King Institute of Preventive Medicine Micro-Biological Section reports 1912-19
Year: 1912
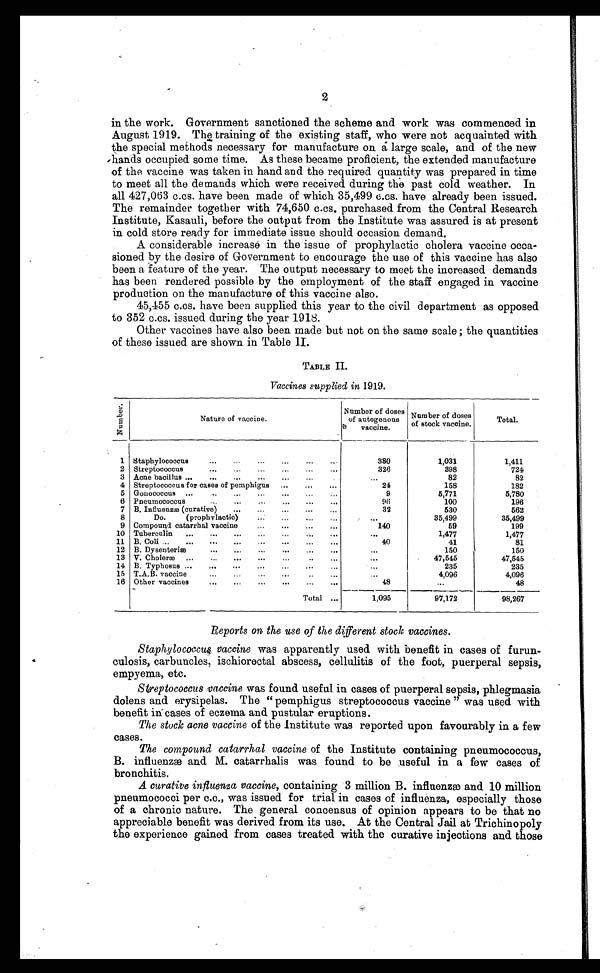
2
in the work. Government sanctioned the scheme and work was commenced in
August 1919. The training of the existing staff, who were not acquainted with
the special methods necessary for manufacture on a large scale, and of the new
hands occupied some time. As these became proficient, the extended manufacture
of the vaccine was taken in hand and the required quantity was prepared in time
to meet all the demands which were received during the past cold weather. In
all 427,063 c.cs. have been made of which 35,499 c.cs. have already been issued.
The remainder together with 74,650 c.cs. purchased from the Central Research
Institute, Kasauli,before the output from the Institute was assured is at present
in cold store ready for immediate issue should occasion demand.
A considerable increase in the issue of prophylactic cholera vaccine occa
- s i o n e d b y t h e d e s i r e o f G o v e r n m e n t t o e n c o u r a g e t h e u s e o f t h i s v a c c i n e h a s a l s o
been a feature of the year. The output necessary to meet the increased demands
has been rendered possible by the employment of the staff engaged in vaccine
production on the manufacture of this vaccine also.
45,455 c.cs. have been supplied this year to the civil department as opposed
to 352 c.cs. issued during the year 1918.
Other vaccines have also been made but not on the same scale; the quantities
of these issued are shown in Table II.
TABLE II.
Vaccines supplied in 1919.
N u m b e r .
Nature of vaccine.
Number of doses
of autogenous
vaccine.
Number of doses
of stock vaccine.
Total.
1 Staphylococcus . . .
380
1,031
1,411
2 Streptococcus . . .
326
398
724
3
A c n e b a c i l l u s . . .
. . .
82
82
4 Streptococcus for cases of pemphigus . . .
24
158
182
5 Gonococcus . . .
9
5,771
5,780
6 P n e u mo c o c c u s . . .
96
100
196
7 B. Influenzæ (curative) . . .
32
530
562
8
Do. (prophylactic) . . .
. . .
35,499
35,499
9 Compound catarrhal vaccine . . .
140
59
199
10 Tuberculin . . .
. . .
1,477
1,477
11 B. Coli. . .
40
41
81
12 B. Dysenteriæ . . .
. . .
150
150
13 V. Choleræ . . .
. . .
47,545
47,545
14 B. Typhosus . . .
. . .
235
235
15 T.A.B. vaccine . . .
. . .
4,096
4,096
16 Other vaccines . . .
4 8
. . .
48
Total . . .
1,095
97,172
98,267
Reports on the use of the different stock vaccines.
Staphylococcus vaccine was apparently used with benefit in cases of furun
- c u l o s i s , c a r b u n c l e s , i s c h i o r e c t a l a b s c e s s , c e l l u l i t i s o f t h e f o o t , p u e r p e r a l s e p s i s ,
empyema, etc.
Streptococcus vaccine was found useful in cases of puerperal sepsis, phlegmasia
dolens and erysipelas. The "pemphigus streptococcus vaccine" was used with
benefit in cases of eczema and pustular eruptions.
The stock acne vaccine of the Institute was reported upon favourably in a few
cases.
The compound catarrhal vaccine of the Institute containing pneumococcus,
B. influenzæ and M. catarrhalis was found to be useful in a few cases of
bronchitis.
A curative influenza vaccine, containing 3 million B. influenzæ and 10 million
pneumococci per c.c., was issued for trial in cases of influenza, especially those
of a chronic nature. The general concensus of opinion appears to be that no
appreciable benefit was derived from its use. At the Central Jail at Trichinopoly
the experience gained from cases treated with the curative injections and those